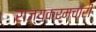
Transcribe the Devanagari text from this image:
राज्यकर्मचारी